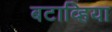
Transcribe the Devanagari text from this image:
बटाव्हिया